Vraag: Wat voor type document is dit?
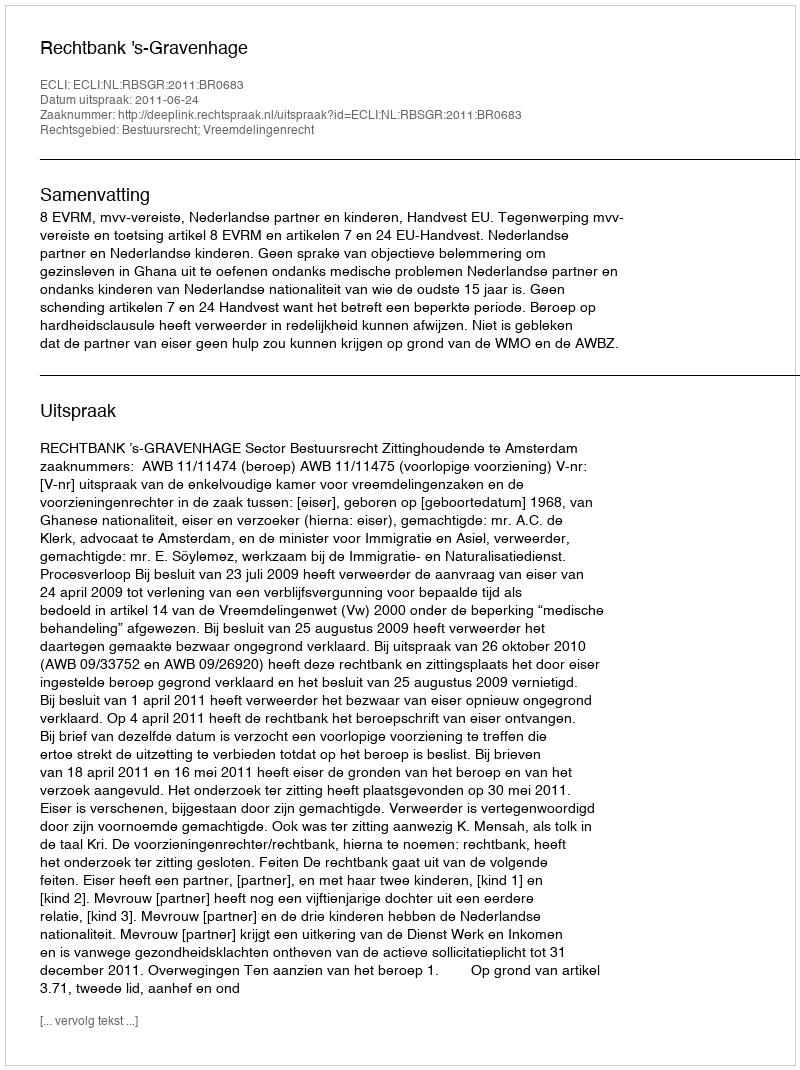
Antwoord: Uitspraak